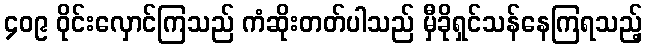
၄၀၉ ဝိုင်းလှောင်ကြသည် ကံဆိုးတတ်ပါသည် မှီခိုရှင်သန်နေကြရသည့်